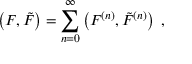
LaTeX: \left( F , { \tilde { F } } \right) = \sum _ { n = 0 } ^ { \infty } \left( F ^ { ( n ) } , { \tilde { F } } ^ { ( n ) } \right) \; ,